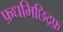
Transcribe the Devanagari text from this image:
फ़धमिछिद्रफ़